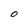
Character: O